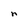
Character: n